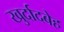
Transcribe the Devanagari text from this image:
खुर्दादबेह